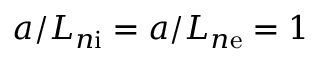
a / L _ { n \mathrm { i } } = a / L _ { n \mathrm { e } } = 1